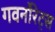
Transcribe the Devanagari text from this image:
गवर्नोरेट्स